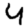
Digit: 4